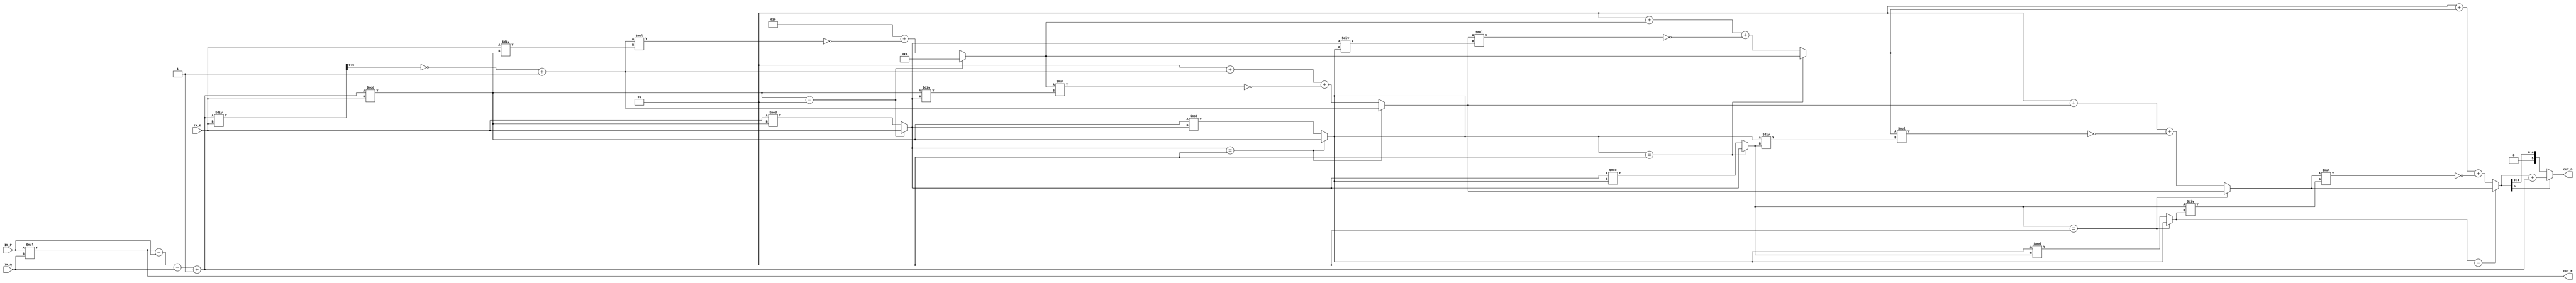
//############################################################################
//++++++++++++++++++++++++++++++++++++++++++++++++++++++++++++++++++++++++++++
//   Module Name : RSA_IP
//++++++++++++++++++++++++++++++++++++++++++++++++++++++++++++++++++++++++++++
//############################################################################

module RSA_IP #(parameter WIDTH = 3) (
    // Input signals
    IN_P, IN_Q, IN_E,
    // Output signals
    OUT_N, OUT_D
);
// ===============================================================
// Declaration
// ===============================================================
input  [WIDTH-1:0]   IN_P, IN_Q;
input  [WIDTH*2-1:0] IN_E;
output [WIDTH*2-1:0] OUT_N, OUT_D;

// ===============================================================
// Soft IP DESIGN
// ===============================================================
assign OUT_N = IN_P * IN_Q;
wire [WIDTH*2-1:0] q = OUT_N - IN_P - IN_Q + 1;

wire signed [WIDTH*2-1:0] out;
// IN_P, IN_Q, IN_E,
genvar level_idx;
generate 
    // divide
    for(level_idx = 1 ; level_idx <= 7  ; level_idx= level_idx+1)begin:gen_level
        if(level_idx == 1 )begin:   if_lv_1 // down 2
            wire signed [WIDTH*2-1:0] arr_1[0:1][0:1] ;

            assign arr_1[0][0] = IN_E;
            assign arr_1[0][1] = 1;
            assign arr_1[1][0] = q % IN_E;
            assign arr_1[1][1] = ~ (q / IN_E) + 1; 
        end
        if(level_idx == 2 )begin:   if_lv_2 // up 2
            wire signed [WIDTH*2-1:0] arr_2[0:1][0:1] ;

            assign arr_2[0][0] = (gen_level[level_idx-1].if_lv_1.arr_1[1][0] == 1) ? 
            gen_level[level_idx-1].if_lv_1.arr_1[0][0] : 
            gen_level[level_idx-1].if_lv_1.arr_1[0][0] % gen_level[level_idx-1].if_lv_1.arr_1[1][0];

            assign arr_2[0][1] = (gen_level[level_idx-1].if_lv_1.arr_1[1][0] == 1) ? 
            gen_level[level_idx-1].if_lv_1.arr_1[0][1] : 
            1 + gen_level[level_idx-1].if_lv_1.arr_1[0][1] + ~(gen_level[level_idx-1].if_lv_1.arr_1[1][1] * 
            (gen_level[level_idx-1].if_lv_1.arr_1[0][0] / gen_level[level_idx-1].if_lv_1.arr_1[1][0] ));
                                       
            assign arr_2[1][0] = gen_level[level_idx-1].if_lv_1.arr_1[1][0];
            assign arr_2[1][1] = gen_level[level_idx-1].if_lv_1.arr_1[1][1]; 
        end
        if(level_idx == 3 )begin:   if_lv_3 // down 2
            wire signed [WIDTH*2-1:0] arr_3[0:1][0:1] ;

            assign arr_3[0][0] = gen_level[level_idx-1].if_lv_2.arr_2[0][0];
            assign arr_3[0][1] = gen_level[level_idx-1].if_lv_2.arr_2[0][1];

            assign arr_3[1][0] = (gen_level[level_idx-1].if_lv_2.arr_2[0][0] == 1) ? 
            gen_level[level_idx-1].if_lv_2.arr_2[1][0] : 
            gen_level[level_idx-1].if_lv_2.arr_2[1][0] % gen_level[level_idx-1].if_lv_2.arr_2[0][0];

            assign arr_3[1][1] = (gen_level[level_idx-1].if_lv_2.arr_2[0][0] == 1) ? 
            gen_level[level_idx-1].if_lv_2.arr_2[1][1] : 
            1 + gen_level[level_idx-1].if_lv_2.arr_2[1][1] + 
            ~(gen_level[level_idx-1].if_lv_2.arr_2[0][1] * 
            (gen_level[level_idx-1].if_lv_2.arr_2[1][0] / gen_level[level_idx-1].if_lv_2.arr_2[0][0] ));
        end
        if(level_idx == 4 )begin:   if_lv_4 // up 2
            wire signed [WIDTH*2-1:0] arr_4[0:1][0:1] ;

            assign arr_4[0][0] = (gen_level[level_idx-1].if_lv_3.arr_3[1][0] == 1) ? 
            gen_level[level_idx-1].if_lv_3.arr_3[0][0] : 
            gen_level[level_idx-1].if_lv_3.arr_3[0][0] % gen_level[level_idx-1].if_lv_3.arr_3[1][0];

            assign arr_4[0][1] = (gen_level[level_idx-1].if_lv_3.arr_3[1][0] == 1) ? 
            gen_level[level_idx-1].if_lv_3.arr_3[0][1] : 
            1 + gen_level[level_idx-1].if_lv_3.arr_3[0][1] + ~(gen_level[level_idx-1].if_lv_3.arr_3[1][1] * 
            (gen_level[level_idx-1].if_lv_3.arr_3[0][0] / gen_level[level_idx-1].if_lv_3.arr_3[1][0] ));
                                       
            assign arr_4[1][0] = gen_level[level_idx-1].if_lv_3.arr_3[1][0];
            assign arr_4[1][1] = gen_level[level_idx-1].if_lv_3.arr_3[1][1]; 
        end
        if(level_idx == 5 )begin:   if_lv_5 // down 2
            wire signed [WIDTH*2-1:0] arr_5[0:1][0:1] ;

            assign arr_5[0][0] = gen_level[level_idx-1].if_lv_4.arr_4[0][0];
            assign arr_5[0][1] = gen_level[level_idx-1].if_lv_4.arr_4[0][1];

            assign arr_5[1][0] = (gen_level[level_idx-1].if_lv_4.arr_4[0][0] == 1) ? 
            gen_level[level_idx-1].if_lv_4.arr_4[1][0] : 
            gen_level[level_idx-1].if_lv_4.arr_4[1][0] % gen_level[level_idx-1].if_lv_4.arr_4[0][0];

            assign arr_5[1][1] = (gen_level[level_idx-1].if_lv_4.arr_4[0][0] == 1) ? 
            gen_level[level_idx-1].if_lv_4.arr_4[1][1] : 
            1 + gen_level[level_idx-1].if_lv_4.arr_4[1][1] + 
            ~(gen_level[level_idx-1].if_lv_4.arr_4[0][1] * 
            (gen_level[level_idx-1].if_lv_4.arr_4[1][0] / gen_level[level_idx-1].if_lv_4.arr_4[0][0] ));
        end
        if(level_idx == 6 )begin:   if_lv_6 // up 2
            wire signed [WIDTH*2-1:0] arr_6[0:1][0:1] ;

            assign arr_6[0][0] = (gen_level[level_idx-1].if_lv_5.arr_5[1][0] == 1) ? 
            gen_level[level_idx-1].if_lv_5.arr_5[0][0] : 
            gen_level[level_idx-1].if_lv_5.arr_5[0][0] % gen_level[level_idx-1].if_lv_5.arr_5[1][0];

            assign arr_6[0][1] = (gen_level[level_idx-1].if_lv_5.arr_5[1][0] == 1) ? 
            gen_level[level_idx-1].if_lv_5.arr_5[0][1] : 
            1 + gen_level[level_idx-1].if_lv_5.arr_5[0][1] + ~(gen_level[level_idx-1].if_lv_5.arr_5[1][1] * 
            (gen_level[level_idx-1].if_lv_5.arr_5[0][0] / gen_level[level_idx-1].if_lv_5.arr_5[1][0] ));
                                       
            assign arr_6[1][0] = gen_level[level_idx-1].if_lv_5.arr_5[1][0];
            assign arr_6[1][1] = gen_level[level_idx-1].if_lv_5.arr_5[1][1]; 
        end
        if(level_idx == 7 )begin:   if_lv_7 // down 2
            assign out = (gen_level[level_idx-1].if_lv_6.arr_6[1][0] == 1) ?
            gen_level[level_idx-1].if_lv_6.arr_6[1][1] : gen_level[level_idx-1].if_lv_6.arr_6[0][1] ;
        end
    end     
endgenerate
assign OUT_D = (out[WIDTH*2-1] == 1) ? out + q : out;

endmodule